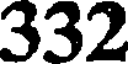
332